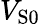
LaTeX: V_{\mathrm{S}0}